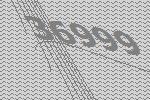
36999